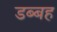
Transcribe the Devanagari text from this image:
डब्बह